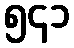
၅၄၁